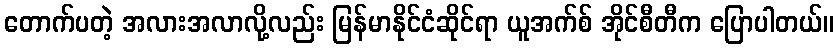
တောက်ပတဲ့ အလားအလာလို့လည်း မြန်မာနိုင်ငံဆိုင်ရာ ယူအက်စ် အိုင်စီတီက ပြောပါတယ်။